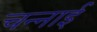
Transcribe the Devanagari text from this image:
चन्नाई